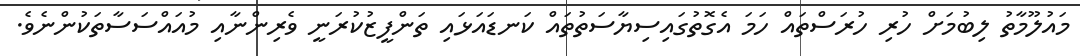
މައުލޫމާތު ލިބުމަށް ހުރި ހުރަސްތައް ހަމަ އެގޮތުގައިސިޔާސަތުތައް ކަނޑައަޅައި ތަންފީޒުކުރަނީ ވެރިންނާއި މުއައްސަސާތަކުންނެވެ.